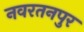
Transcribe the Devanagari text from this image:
नवरतनपुर